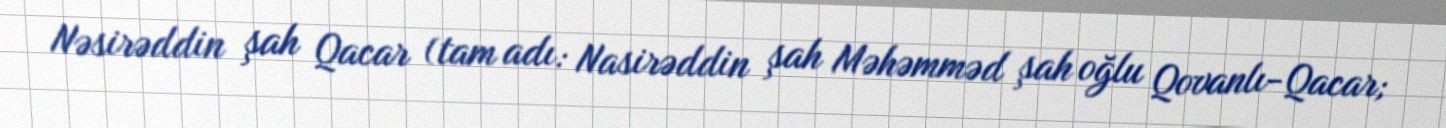
Nəsirəddin şah Qacar (tam adı: Nasirəddin şah Məhəmməd şah oğlu Qovanlı-Qacar;